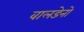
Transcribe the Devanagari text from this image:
वालडेनो